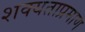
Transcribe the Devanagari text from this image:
शक्यताप्रमाण